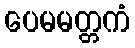
ပေမမတ္တကံ